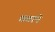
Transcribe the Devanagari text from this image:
छताने